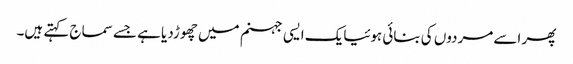
پھر اسے مردوں کی بنائی ہوئیایک ایسی جہنم میں چھوڑدیا ہے جسے سماج کہتے ہیں۔